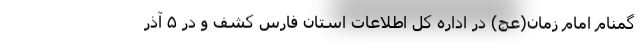
گمنام امام زمان(عج) در اداره کل اطلاعات استان فارس کشف و در ۵ آذر